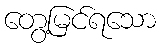
တွေ့မြင်ရသော